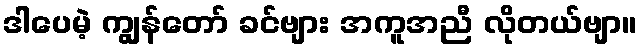
ဒါပေမဲ့ ကျွန်တော် ခင်ဗျား အကူအညီ လိုတယ်ဗျာ။